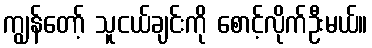
ကျွန်တော့် သူငယ်ချင်းကို စောင့်လိုက်ဦးမယ်။